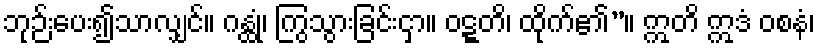
ဘုဉ်းပေး၍သာလျှင်။ ဂန္ထုံ၊ ကြွသွားခြင်းငှာ။ ဝဋ္ဋတိ၊ ထိုက်၏”။ ဣတိ ဣဒံ ဝစနံ၊